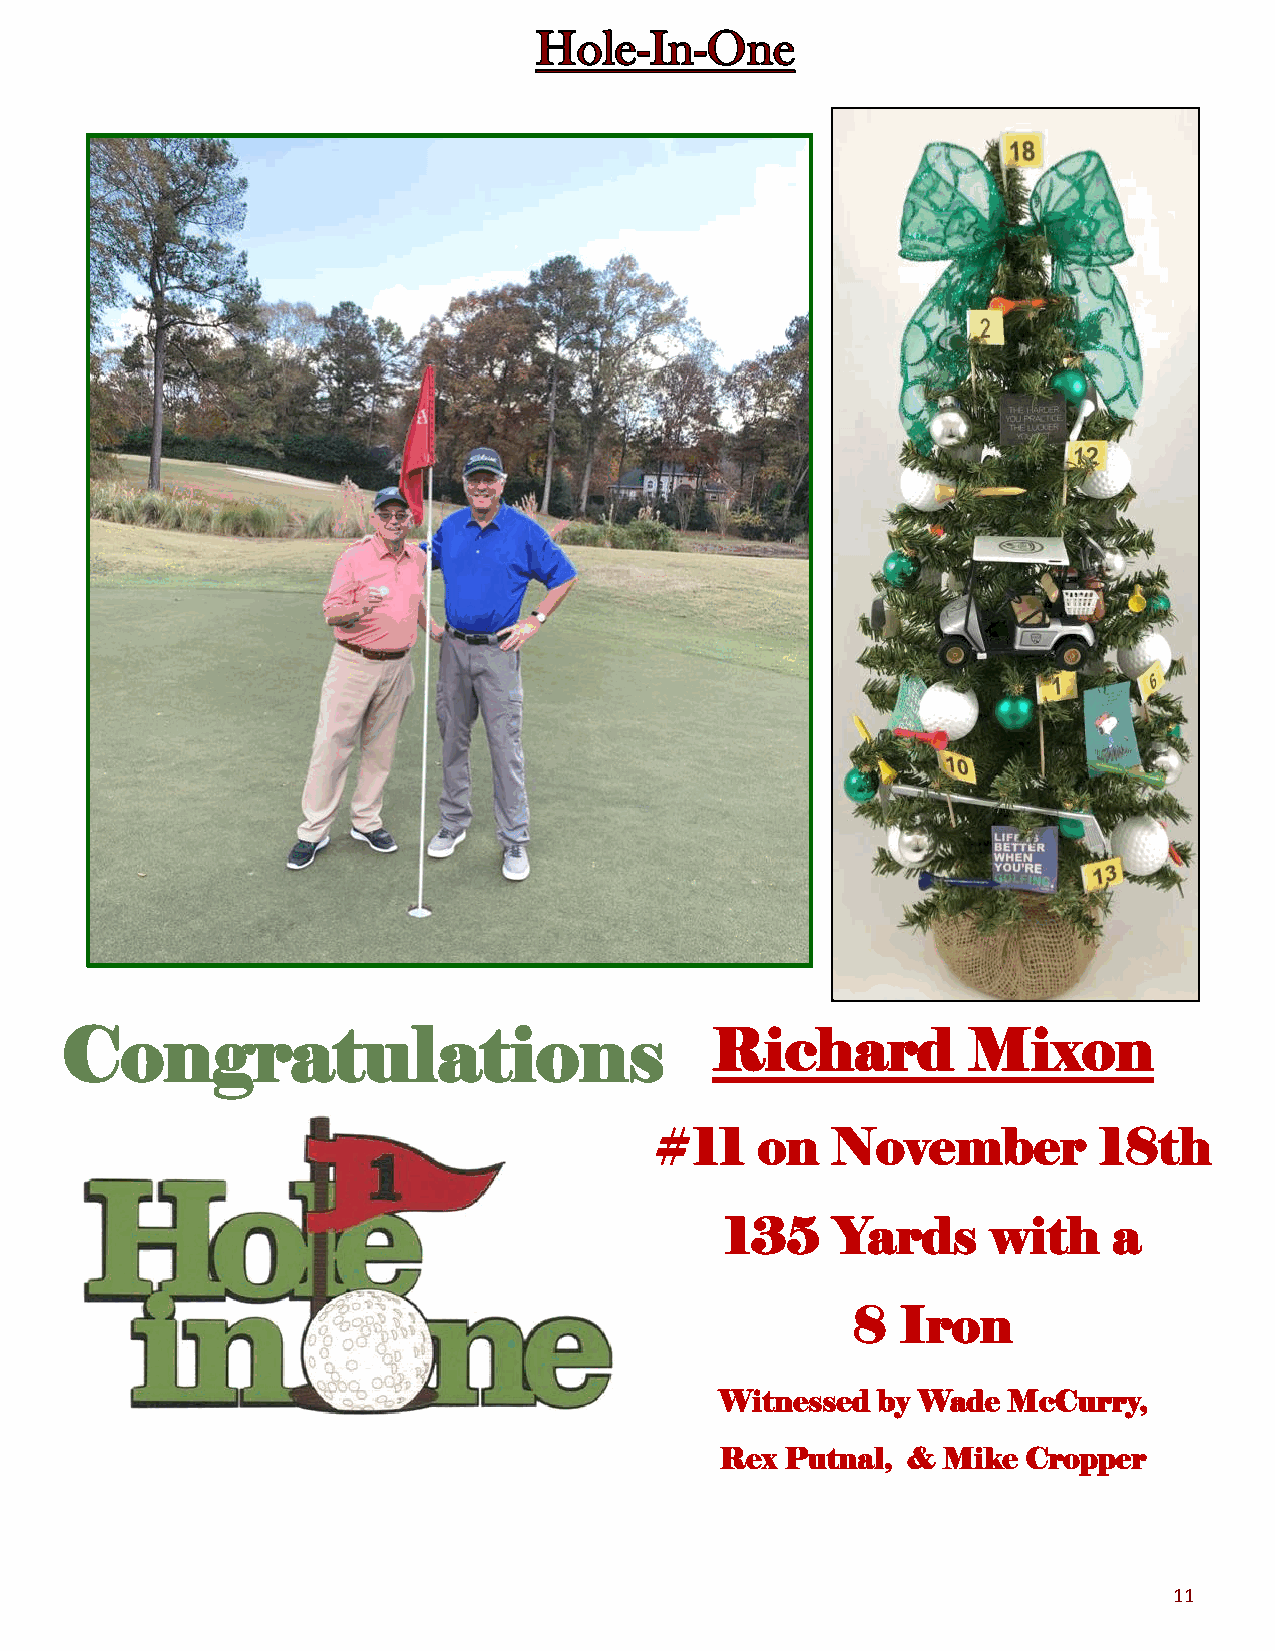
Congratulations                            Richard          Mixon
 #11    on   November          18th
 135    Yards      with    a
 8   Iron
 Witnessed by Wade  McCurry,
 Rex Putnal, & Mike  Cropper
 11